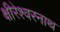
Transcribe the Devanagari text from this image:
क्षीरेश्वरनाथ